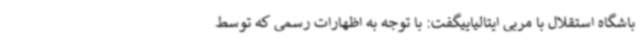
باشگاه استقلال با مربی ایتالیاییگفت: با توجه به اظهارات رسمی که توسط